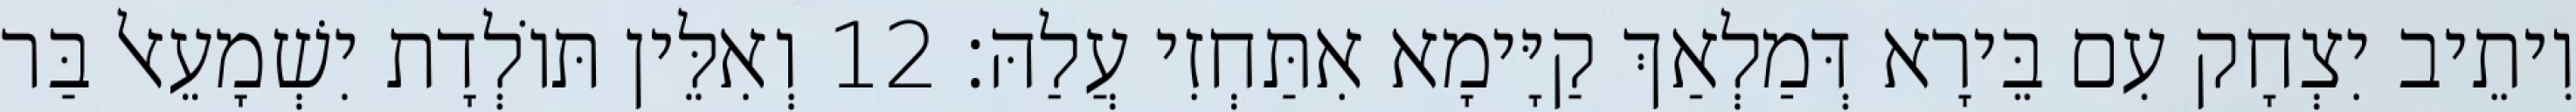
וִיתֵיב יִצְחָק עִם בֵּירָא דְּמַלְאַךְ קַיָּימָא אִתַּחְזִי עֲלַהּ׃ 12 וְאִלֵּין תּוֹלְדָת יִשְׁמָעֵאל בַּר